Vaccination in Bombay 1863-1868 - 1863-1868
Year: 1863
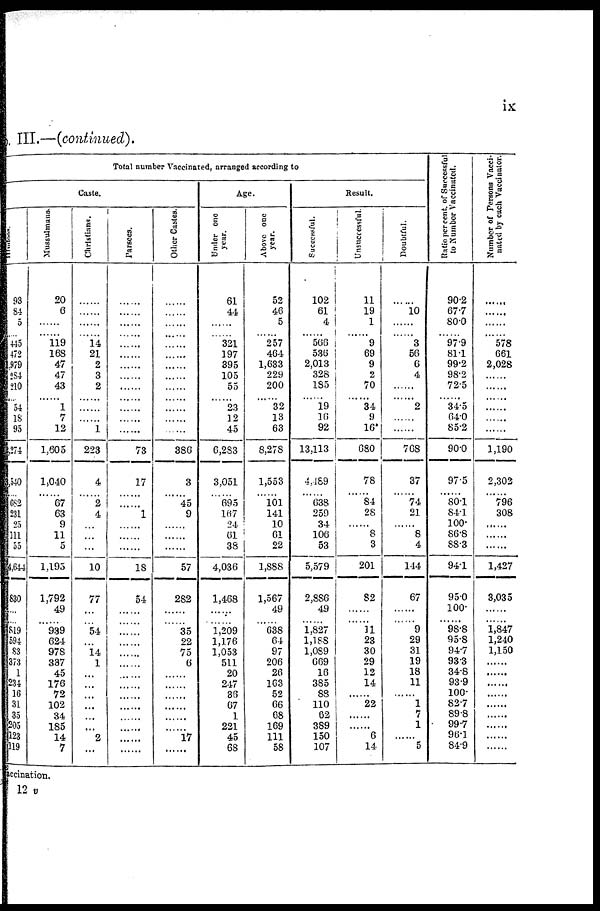
ix
III.—(continued).
Total number Vaccinated, arranged according to
Caste.
Hindoos.
93
84
5
...... 445
472
979
284
210
......
54
18
95
2,274
3,540
......
682
231
25
111
55
4,644
830
...
... 819
594
83
373
1
234
16
31
35
205
123
119
Mussulmans.
20
6
......
...... 119
168
47
47
43
......
1
7
12
1,605
1,040
......
67
63
9
11
5
1,195
1,792
49
...... 939
624
978
337
45
176
72
102
34
185
14
7
Christians.
......
......
......
...... 14
21
2
3
2
......
......
......
1
223
4
......
2
4
...
...
...
10
77
...
... 54
...
14
1
...
...
...
...
...
......
2
...
Parsees.
......
......
......
......
......
......
......
......
......
......
......
......
73
17
......
......
1
......
......
......
18
54
......
...... ......
......
......
......
......
......
......
......
......
......
......
......
Other Castes.
......
......
......
......
......
......
......
......
......
......
......
......
......
386
3
......
45
9
......
......
......
57
282
......
...... 35
22
75
6
......
......
......
......
......
......
17
......
Age.
Under one
year.
61
44
......
...... 321
197
395
105
55
......
23
12
45
6,283
3,051
......
695
167
24
61
38
4,036
1,468
......
...... 1,209
1,176
1,053
511
20
247
36
67
1
221
45
68
Above one
year.
52
46
5
...... 257
464
1,633
229
200
......
32
13
63
8,278
1,553
......
101
141
10
61
22
1,888
1,567
49
...... 638
64
97
206
26
163
52
66
68
169
111
58
Result.
Successful.
102
61
4
...... 566
536
2,013
328
185
......
19
16
92
13,113
4,489
......
638
259
34
106
53
5,579
2,886
49
...... 1,827
1,188
1,089
669
16
385
88
110
62
389
150
107
Unsuccessful.
11
19
1
...... 9
69
9
2
70
......
34
9
16
680
78
......
84
28
......
8
3
201
82
......
...... 11
23
30
29
12
14
......
22
......
......
6
14
Doubtful.
......
10
......
...... 3
56
6
4
......
......
2
......
......
768
37
......
74
21
......
8
4
144
67
......
...... 9
29
31
19
18
11
......
1
7
1
......
5
Ratio per cent. of Successful
to Number Vaccinated.
90.2
67.7
80.0
...... 97.9
81.1
99.2
98.2
72.5
......
34.5
64.0
85.2
90.0
97.5
......
80.1
84.1
100.
86.8
88.3
94.1
95.0
100.
...... 98.8
95.8
94.7
93.3
34.8
93.9
100.
82.7
89.8
99.7
96.1
84.9
Number of Persons Vacci-
nated by each Vaccinator.
......
......
......
...... 578
661
2,028
......
......
......
......
......
......
1,190
2,302
......
796
308
......
......
......
1,427
3,035
......
...... 1,847
1,240
1,150
......
......
......
......
......
......
......
......
......
Vaccination.
12 v